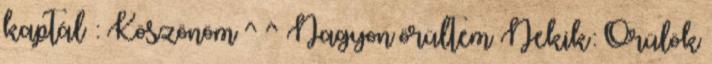
kaptál : Köszönöm ^ ^ Nagyon örültem Nekik: Örülök